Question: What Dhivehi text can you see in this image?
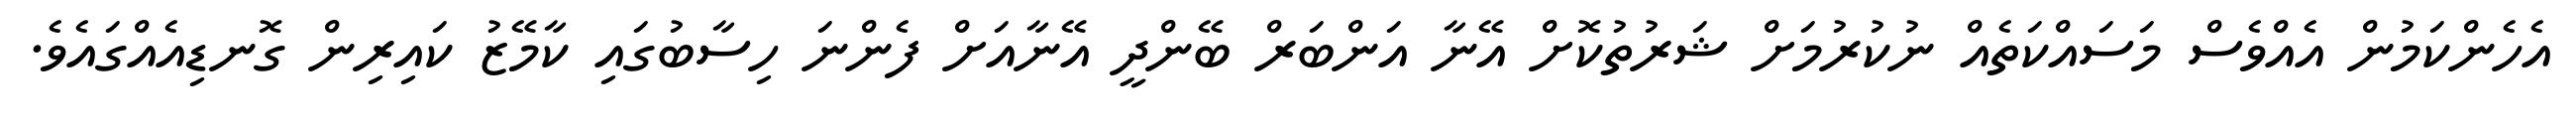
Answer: އެހެންކަމުން އެއްވެސް މަސައްކަތެއް ނުކުރުމަށް ޝަރުތުކޮށް އޭނާ އަންބަރް ބޭންދީ އޭނާއަށް ފެންނަ ހިސާބުގައި ކާމޭޒު ކައިރިން ގޮނޑިއެއްގައެވެ.